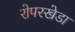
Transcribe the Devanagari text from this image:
रोपरखेडा